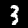
Label: 3